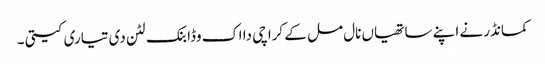
کمانڈر نے اپنے ساتھیاں نال مل کے کراچی دا اک وڈا بنک لٹن دی تیاری کیتی ۔